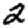
Digit: 2